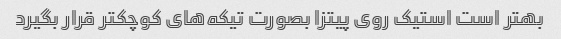
بهتر است استیک روی پیتزا بصورت تیکه‌های کوچکتر قرار بگیرد